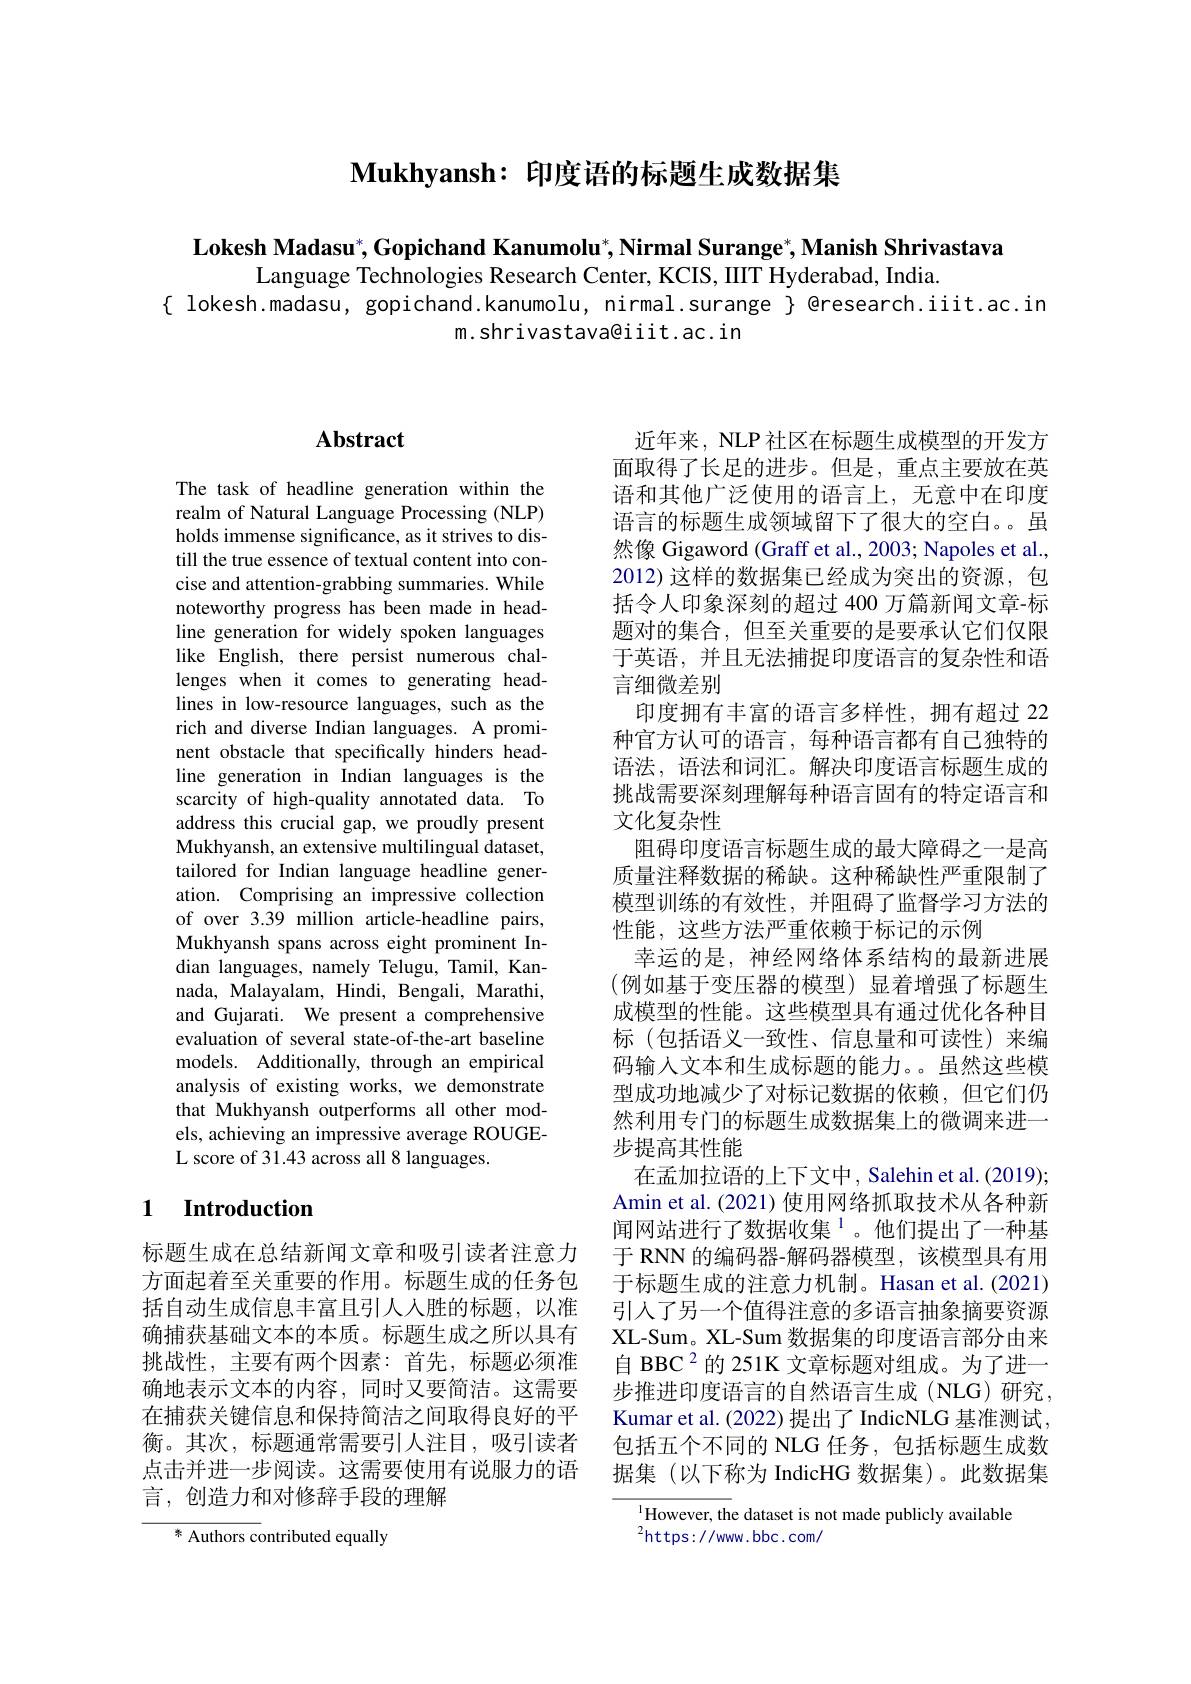
$\textbf{Mukhyansh: 印 度 语 的 标 题 生 成 数 据 集 }$

Lokesh Madasu$^*$,Gopichand Kanumolu$^* , \textbf{Nirmal Surange}^* , \textbf{Manish Shrivastava}$
Language Technologies Research Center, KCIS, IIIT Hyderabad, India.
{ lokesh.madasu, gopichand.kanumolu, nirmal.surange } @research.iiit.ac.in
m.shrivastava@iiit.ac.in

## $\mathbf{Abstract}$

The task of headline generation within the realm of Natural Language Processing (NLP) holds immense significance, as it strives to distill the true essence of textual content into concise and attention-grabbing summaries. While noteworthy progress has been made in headline generation for widely spoken languages like English, there persist numerous challenges when it comes to generating headlines in low-resource languages, such as the rich and diverse Indian languages. A prominent obstacle that specifically hinders headline generation in Indian languages is the scarcity of high-quality annotated data. To address this crucial gap, we proudly present Mukhyansh, an extensive multilingual dataset, tailored for Indian language headline generation. Comprising an impressive collection of over 3.39 million article-headline pairs, Mukhyansh spans across eight prominent Indian languages, namely Telugu, Tamil, Kannada, Malayalam, Hindi, Bengali, Marathi, and Gujarati. We present a comprehensive evaluation of several state-of-the-art baseline models. Additionally, through an empirical analysis of existing works, we demonstrate that Mukhyansh outperforms all other models, achieving an impressive average ROUGEL score of 31.43 across all 8 languages.

### 1 Introduction

标题生成在总结新闻文章和吸引读者注意力方面起着至关重要的作用。标题生成的任务包括自动生成信息丰富且引人人胜的标题，以准确捕获基础文本的本质。标题生成之所以具有挑战性，主要有两个因素：首先，标题必须准确地表示文本的内容，同时又要简洁。这需要在捕获关键信息和保持简洁之间取得良好的平衡。其次，标题通常需要引人注目，吸引读者点击并进一步阅读。这需要使用有说服力的语言，创造力和对修辞手段的理解

* Authors contributed equally

近年来，NLP 社区在标题生成模型的开发方面取得了长足的进步。但是，重点主要放在英语和其他广泛使用的语言上，无意中在印度语言的标题生成领域留下了很大的空白。虽然像 Gigaword (Graff et al., 2003; Napoles et al., 2012) 这样的数据集已经成为突出的资源，包括令人印象深刻的超过 400 万篇新闻文章-标题对的集合，但至关重要的是要承认它们仅限于英语，并且无法捕捉印度语言的复杂性和语言细微差别
印度拥有丰富的语言多样性，拥有超过 22种官方认可的语言，每种语言都有自己独特的语法，语法和词汇。解决印度语言标题生成的挑战需要深刻理解每种语言固有的特定语言和文化复杂性
阻碍印度语言标题生成的最大障碍之一是高质量注释数据的稀缺。这种稀缺性严重限制了模型训练的有效性，并阻碍了监督学习方法的性能，这些方法严重依赖于标记的示例
幸运的是，神经网络体系结构的最新进展(例如基于变压器的模型)显着增强了标题生成模型的性能。这些模型具有通过优化各种目标(包括语义一致性、信息量和可读性)来编码输入文本和生成标题的能力。虽然这些模型成功地减少了对标记数据的依赖，但它们仍然利用专门的标题生成数据集上的微调来进一步提高其性能
在孟加拉语的上下文中，Salehin et al.(2019); Amin et al. (2021) 使用网络抓取技术从各种新闻网站进行了数据收集$^{1}$。他们提出了一种基于 RNN 的编码器-解码器模型，该模型具有用于标题生成的注意力机制。Hasan et al.(2021) 引人了另一个值得注意的多语言抽象摘要资源XL-Sum。XL-Sum 数据集的印度语言部分由来自 BBC 2 的 251K 文章标题对组成。为了进一步推进印度语言的自然语言生成(NLG)研究， Kumar et al. (2022) 提出了 IndicNLG 基准测试， 包括五个不同的 NLG 任务，包括标题生成数据集 (以下称为 IndicHG 数据集)。此数据集
$^{1}$However, the dataset is not made publicly available

$^{2}$https://www.bbc.com/